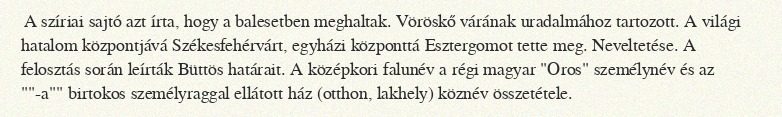
A szíriai sajtó azt írta, hogy a balesetben meghaltak. Vöröskő várának uradalmához tartozott. A világi hatalom központjává Székesfehérvárt, egyházi központtá Esztergomot tette meg. Neveltetése. A felosztás során leírták Büttös határait. A középkori falunév a régi magyar "Oros" személynév és az ""-a"" birtokos személyraggal ellátott ház (otthon, lakhely) köznév összetétele.